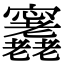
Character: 𡬕